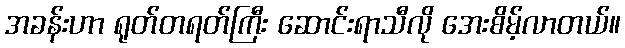
အခန်းဟာ ရုတ်တရတ်ကြီး ဆောင်းရာသီလို အေးစိမ့်လာတယ်။